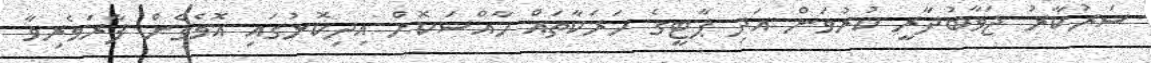
ސަރުކާރު ޖަވާބުދާރީ ކުރުވަން އަދި ޕާޓީގެ ހަރަކާތައް ހާއްސަކޮށް އިދިކޮޅުގައި އޮވެގެން ފާރަވެރިވާ